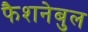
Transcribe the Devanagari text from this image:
फैशनेबुल